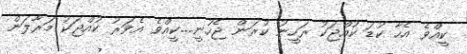
ކީއްވެ އެހާ ކުޑަ ކުއްޖަކު ރަހީނު ކުރަން ޖެހުނީ....ކީއްވެ އެވަރު ކުއްޖަކު މަރާލަން